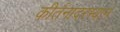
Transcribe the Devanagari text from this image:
कीर्तनादरम्यान